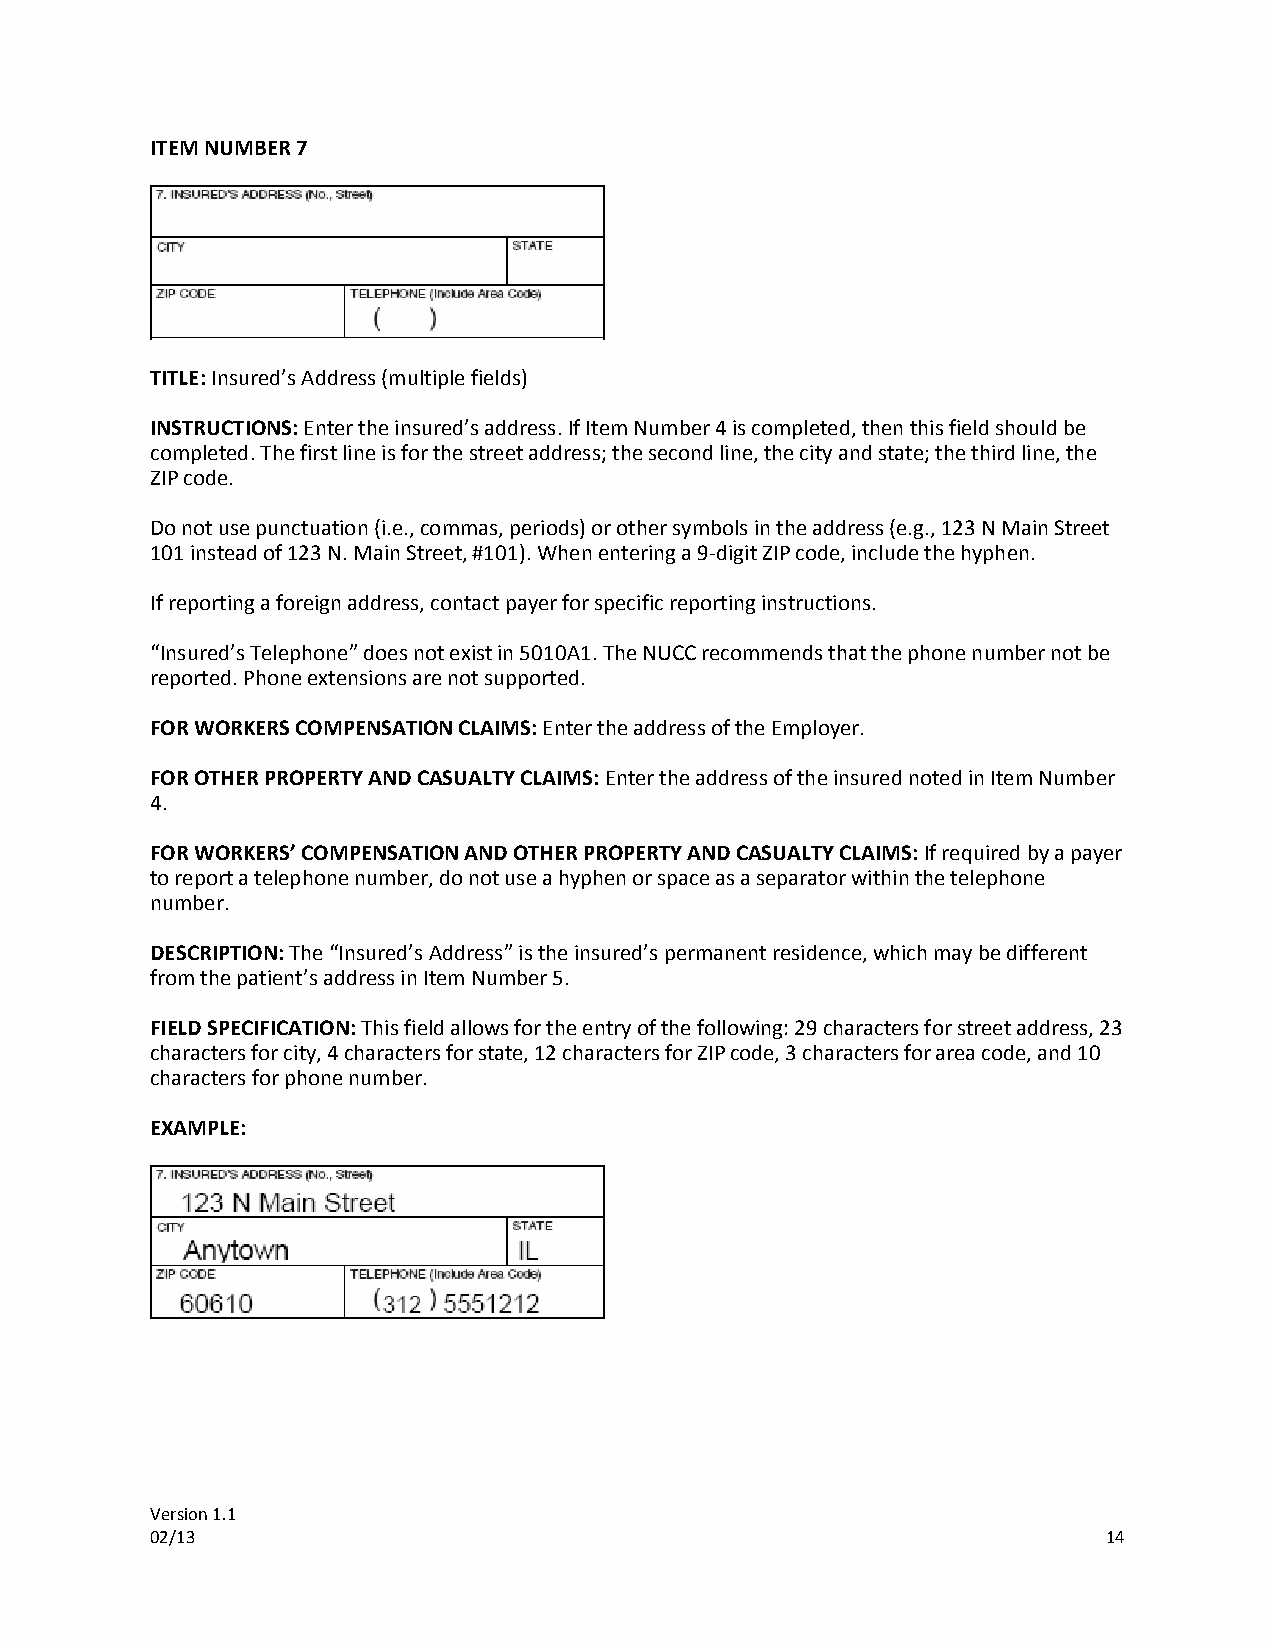
ITEM NUMBER 7
 TITLE: Insured’s Address (multiple fields)
 INSTRUCTIONS: Enter the insured’s address. If Item Number 4 is completed, then this field should be
 completed. The first line is for the street address; the second line, the city and state; the third line, the
 ZIP code.
 Do not use punctuation (i.e., commas, periods) or other symbols in the address (e.g., 123 N Main Street
 101 instead of 123 N. Main Street, #101). When entering a 9-digit ZIP code, include the hyphen.
 If reporting a foreign address, contact payer for specific reporting instructions.
 “Insured’s Telephone” does not exist in 5010A1. The NUCC recommends that the phone number not be
 reported. Phone extensions are not supported.
 FOR WORKERS COMPENSATION CLAIMS: Enter the address of the Employer.
 FOR OTHER PROPERTY AND CASUALTY CLAIMS: Enter the address of the insured noted in Item Number
 4.
 FOR WORKERS’ COMPENSATION AND OTHER PROPERTY AND CASUALTY CLAIMS: If required by a payer
 to report a telephone number, do not use a hyphen or space as a separator within the telephone
 number.
 DESCRIPTION: The “Insured’s Address” is the insured’s permanent residence, which may be different
 from the patient’s address in Item Number 5.
 FIELD SPECIFICATION: This field allows for the entry of the following: 29 characters for street address, 23
 characters for city, 4 characters for state, 12 characters for ZIP code, 3 characters for area code, and 10
 characters for phone number.
 EXAMPLE:
 Version 1.1
 02/13                                                          14